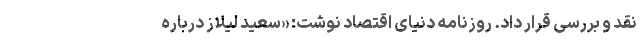
نقد و بررسی قرار داد. روزنامه دنیای اقتصاد نوشت: «سعید لیلاز درباره